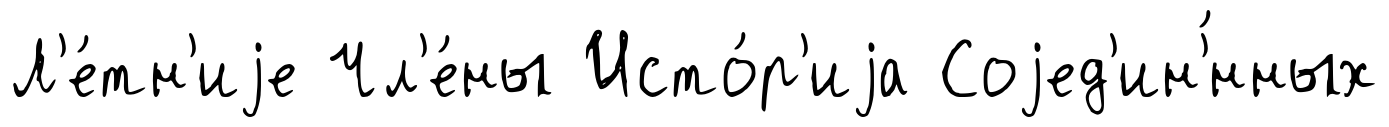
Л'е́тн'иjе Чл'е́ны Исто́р'иjа Соjед'ин'́нных